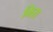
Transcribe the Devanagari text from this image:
भिरा